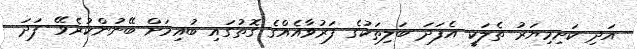
އަދި ކަށިމިޔަރު ތެލަކީ އެފަދަ ބަލިތަކުގެ ފަރުވާއެއްގެ ގޮތުގައި ބުއިމަށް ބޭނުންކުރެވޭ ފަދަ